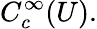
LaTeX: C_{c}^{\infty}(U).